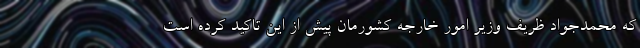
که محمدجواد ظریف وزیر امور خارجه کشورمان پیش از این تاکید کرده است